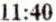
11:40